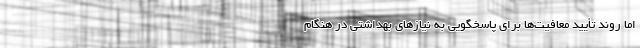
اما روند تأیید معافیت‌ها برای پاسخگویی به نیازهای بهداشتی در هنگام